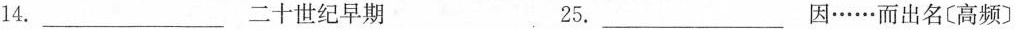
14.___二十世纪早期 25.___因……而出名〔高频〕